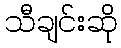
သီချင်းဆို